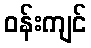
ဝန်းကျင်